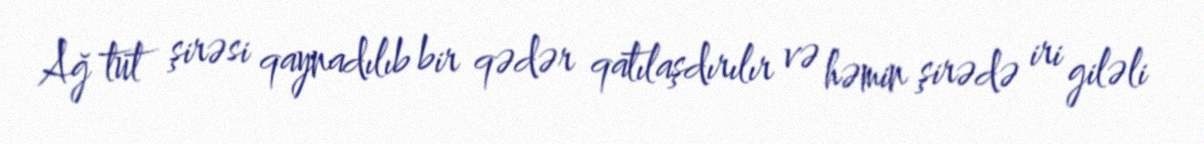
Ağ tut şirəsi qaynadılıb bir qədər qatılaşdırılır və həmin şirədə iri giləli